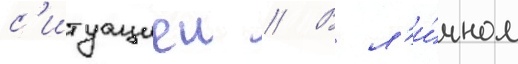
с'итуациеи // В л'и́чном